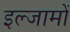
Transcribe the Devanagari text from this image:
इल्जामों